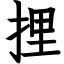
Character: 捚